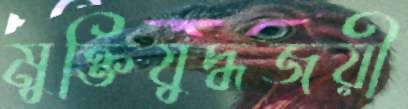
মুক্তিযুদ্ধজয়ী